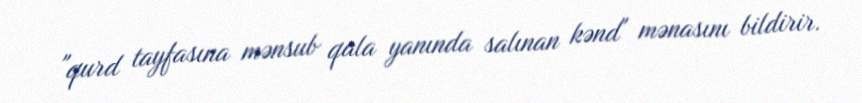
"qurd tayfasına mənsub qala yanında salınan kənd" mənasını bildirir.